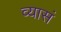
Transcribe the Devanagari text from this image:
व्यासं